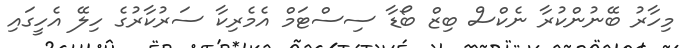
މިހާރު ބޭނުންކުރާ ނެކްސް ބިޒް ބޯޑާ ސިސްޓަމް އެމެރިކާ ސަރުކާރުގެ ހިލޭ އެހީގައި